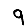
Digit: 9